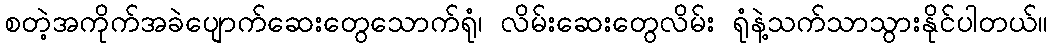
စတဲ့အကိုက်အခဲပျောက်ဆေးတွေသောက်ရုံ၊ လိမ်းဆေးတွေလိမ်း ရုံနဲ့သက်သာသွားနိုင်ပါတယ်။